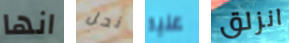
انها نحل عليه انزلق